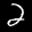
Label: 2